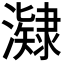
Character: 𭳔